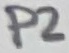
Text: P2